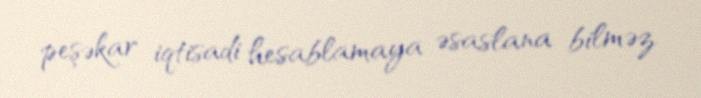
peşəkar iqtisadi hesablamaya əsaslana bilməz.